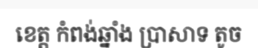
ខេត្ត កំពង់ឆ្នាំង ប្រាសាទ តូច